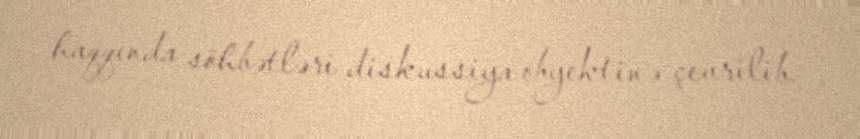
haqqında söhbətləri diskussiya obyektinə çevrilib.